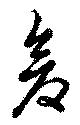
倉